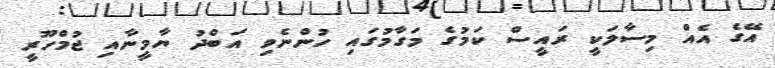
އޭގެ އެއް މިސާލަކީ ރައީސް ކަމުގެ މަގާމުގައި ހުންނެވި އަބްދު ޔާމީނާއި ޖުމްހޫރީ